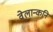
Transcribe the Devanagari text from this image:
वेलान्कनि